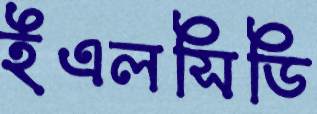
ইএলসিডি